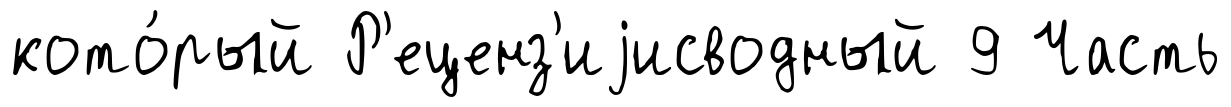
кото́рый Р'еценз'иjисводный 9 Часть